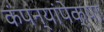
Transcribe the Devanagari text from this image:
कंपन्यांपेक्षा